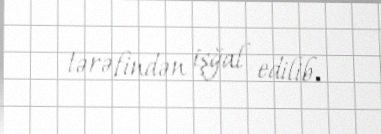
tərəfindən işğal edilib.